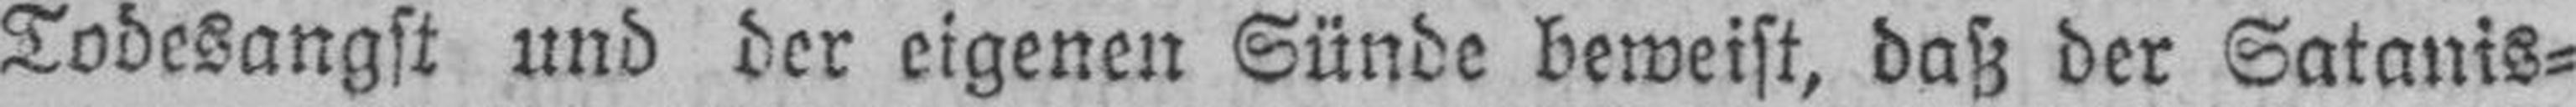
Todesangst und der eigenen Sünde beweist, daß der Satanis¬